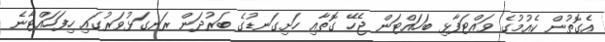
އެގޮތުން ކެއުމުގެ ވައްޓަފާޅި ބަހައްޓަން ޖެހޭ ގޮތާއި ހަށިގަނޑުގެ ބަރުދަން ރަނގަޅުވަރުގައި ހިފަހައްޓާނެ